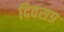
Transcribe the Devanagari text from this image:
दिवस९